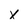
Character: x